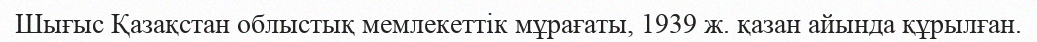
Шығыс Қазақстан облыстық мемлекеттік мұрағаты, 1939 ж. қазан айында құрылған.